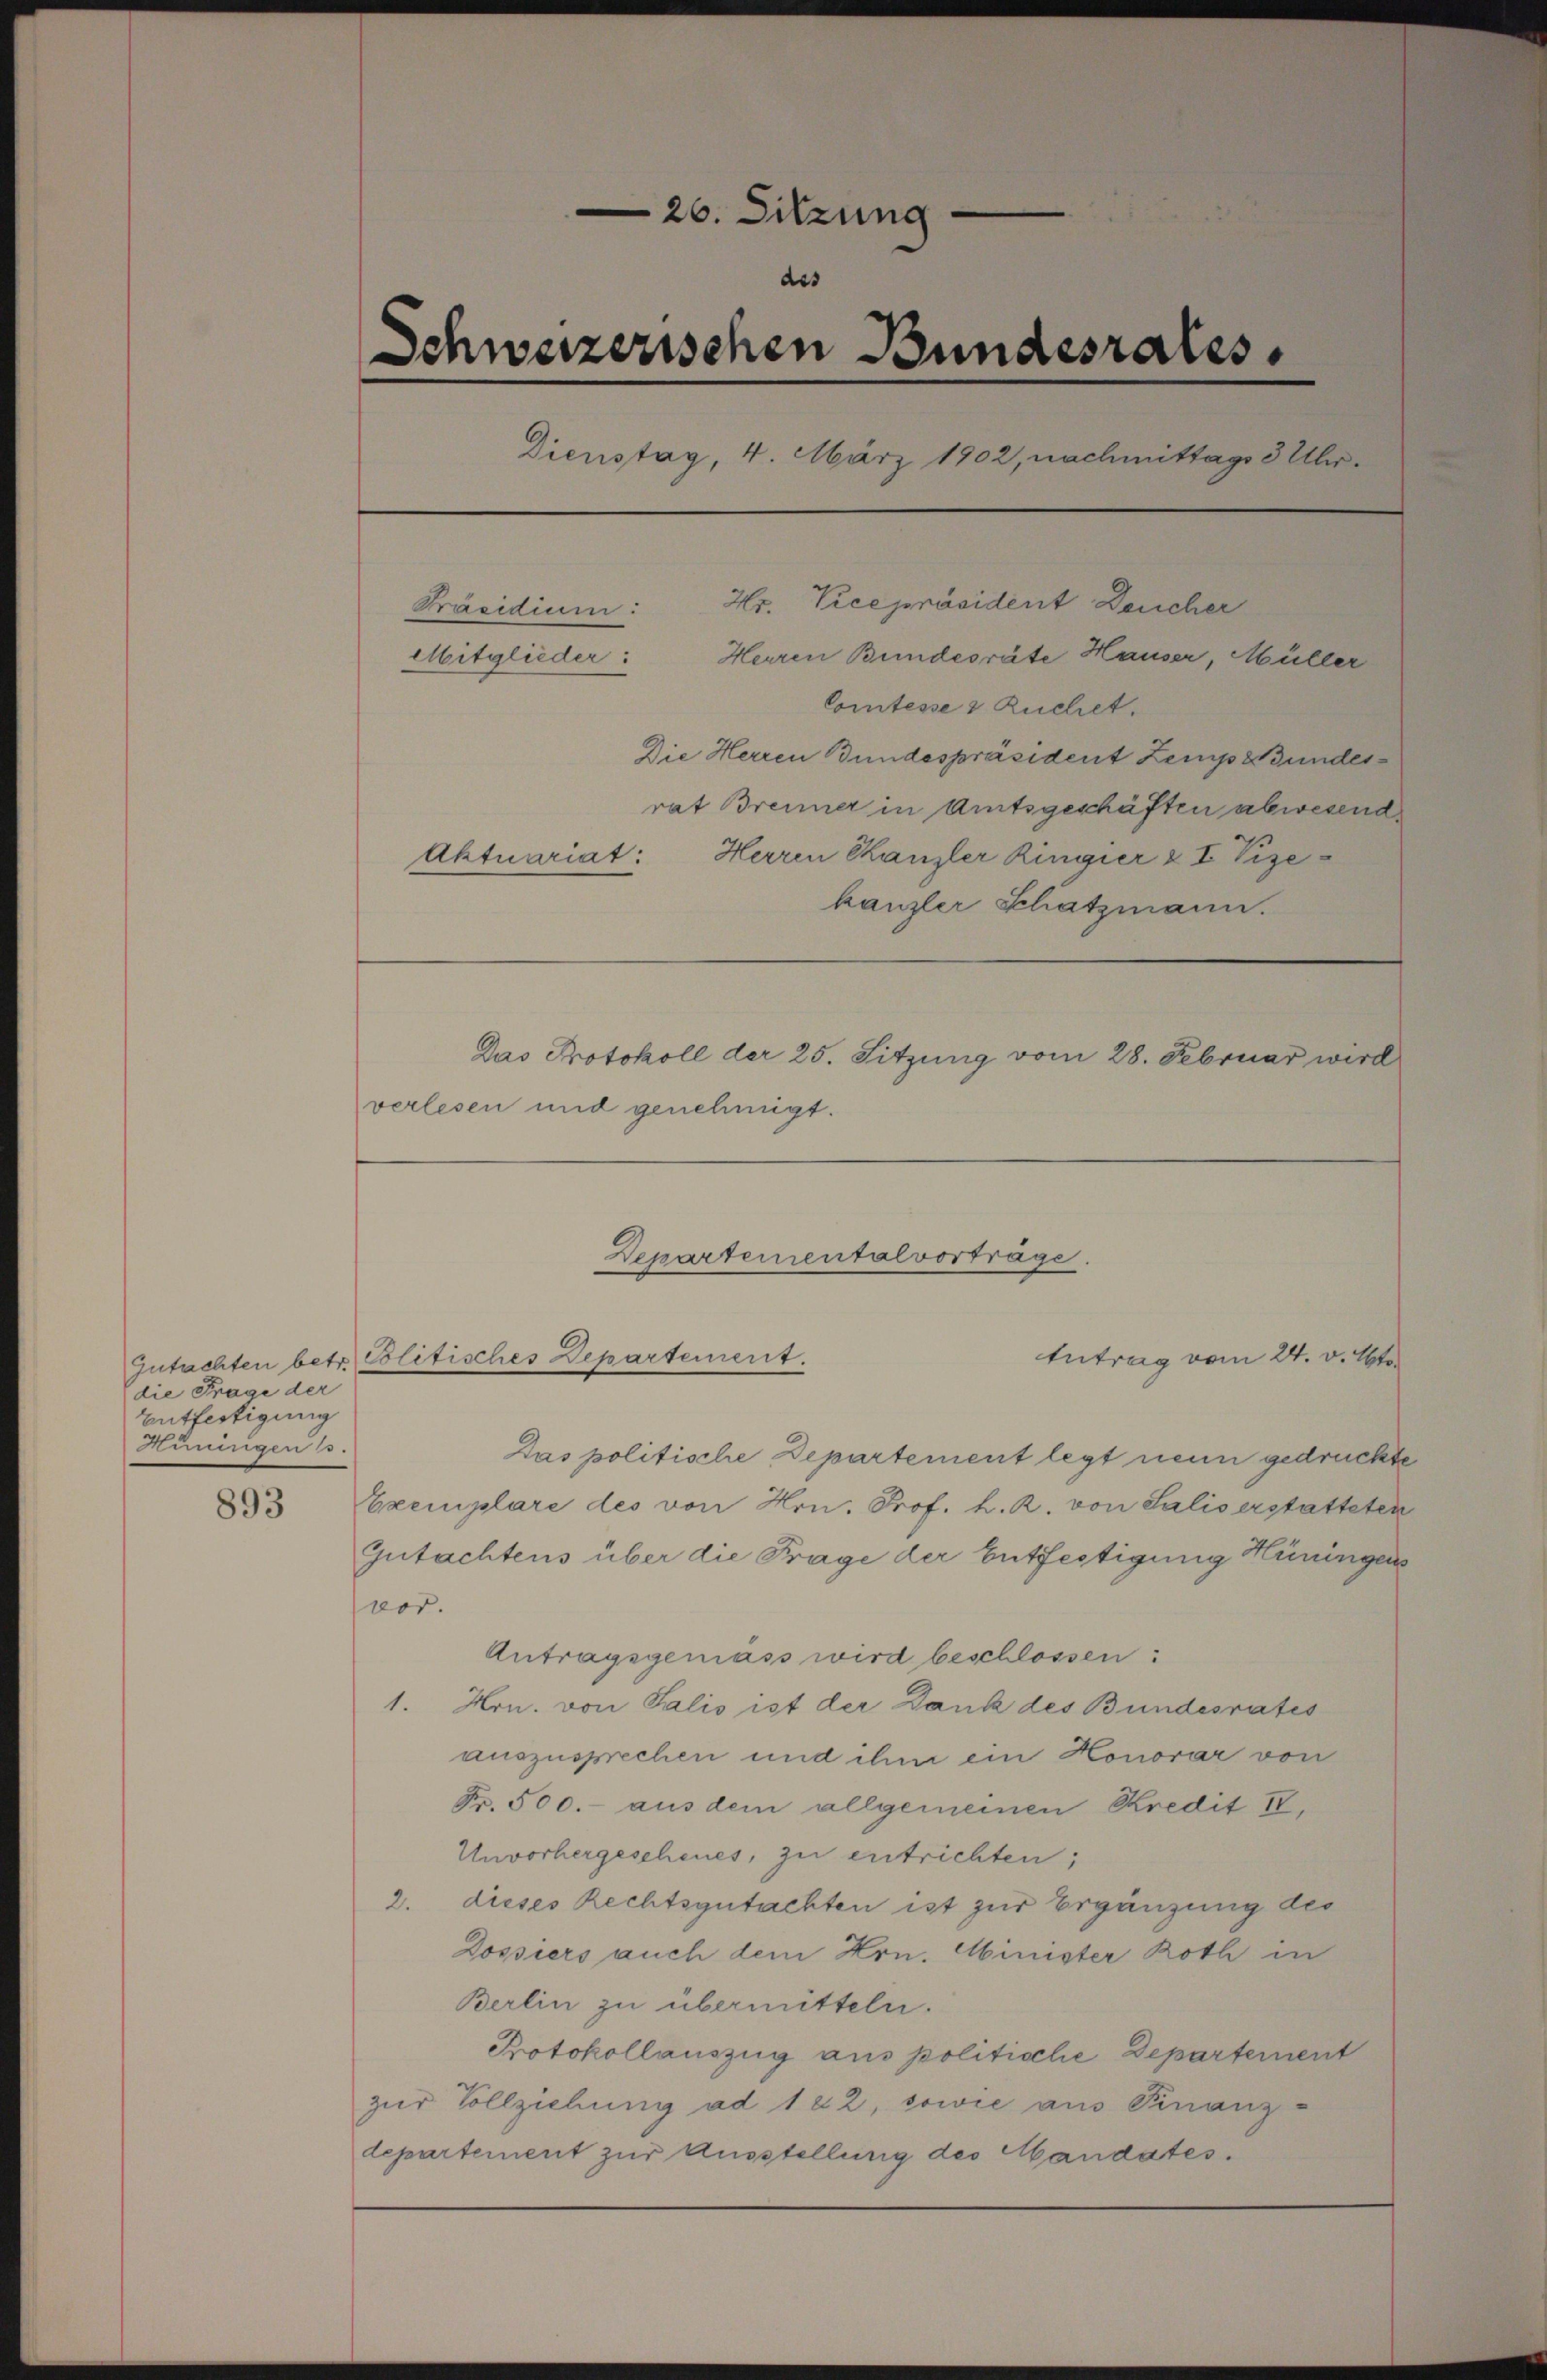
893

die Frage der
Entfertigung
Hüningen u.

26. Sitzung
des
Schweizerischen Bundesrates.
Dienstag, 4. März 1902, nachmittags 3 Uhr-
Hr. Vicepräsident Deucher
Präsidium:
Herren Bundesräte Hauser, Müller
Mitglieder:
Comtesse & Ruchet.
Die Herren Bundespräsident Zeins Bundesrat Brenner in Amtsgeschäften abwesend
Aktuariat: Herren Kanzler Ringier & I Vize-
kanzler Schatzmann.
Das Protokoll der 25. Sitzung vom 28. Februar wird
verlesen und genehmigt.

Departementalvorträge.
Antrag vom 24. v. Mts
Gutachten betr. Politisches Departement.

Das politische Departement legt neun gedruckte
Exemplare des von Hrn. Prof. h. R. von Salis erstatteten
Gutachtens über die Frage der Entfestigung Hüningen
ver.
Antragsgemäss wird beschlossen:
1. Hrn. von Salis ist der Dank des Bundesrates
auszusprechen und ihm ein Honorar von
Fr. 500.- aus dem allgemeinen Kredit IV,
Unvorhergescheues, zu entrichten;
2. dieses Rechtsgutachten ist zur Ergänzung des
Dossiers auch dem Hrn. Minister Roth in
Berlin zu übermitteln.
Protokollauszug aus politische Departement
zur Vollziehung ad 122, sowie aus Finanz-
departement zur Ausstellung des Mandates.